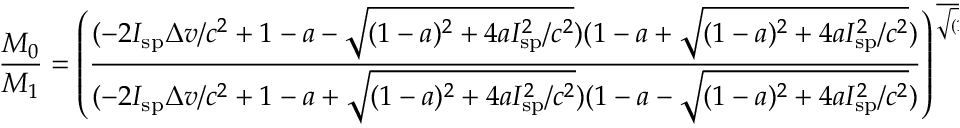
{ \frac { M _ { 0 } } { M _ { 1 } } } = \left( { \frac { ( - 2 I _ { \mathrm { s p } } \Delta v / c ^ { 2 } + 1 - a - { \sqrt { ( 1 - a ) ^ { 2 } + 4 a I _ { \mathrm { s p } } ^ { 2 } / c ^ { 2 } } } ) ( 1 - a + { \sqrt { ( 1 - a ) ^ { 2 } + 4 a I _ { \mathrm { s p } } ^ { 2 } / c ^ { 2 } } } ) } { ( - 2 I _ { \mathrm { s p } } \Delta v / c ^ { 2 } + 1 - a + { \sqrt { ( 1 - a ) ^ { 2 } + 4 a I _ { \mathrm { s p } } ^ { 2 } / c ^ { 2 } } } ) ( 1 - a - { \sqrt { ( 1 - a ) ^ { 2 } + 4 a I _ { \mathrm { s p } } ^ { 2 } / c ^ { 2 } } } ) } } \right) ^ { \frac { 1 } { \sqrt { ( 1 - a ) ^ { 2 } + 4 a I _ { \mathrm { s p } } ^ { 2 } / c ^ { 2 } } } }